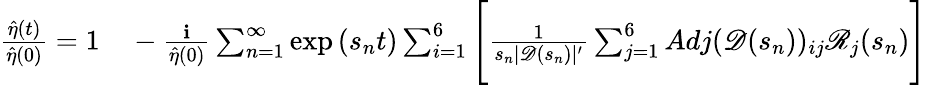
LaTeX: \begin{array}{rl}{\frac{\hat{\eta}(t)}{\hat{\eta}(0)}=1}&{{}-\frac{\textbf{i}}{\hat{\eta}(0)}\sum_{n=1}^{\infty}\exp{(s_{n}t)}\sum_{i=1}^{6}\Bigg[\frac{1}{s_{n}|\mathscr{D}(s_{n})|^{\prime}}\sum_{j=1}^{6}Adj(\mathscr{D}(s_{n}))_{ij}\mathscr{R}_{j}(s_{n})\Bigg]}\end{array}